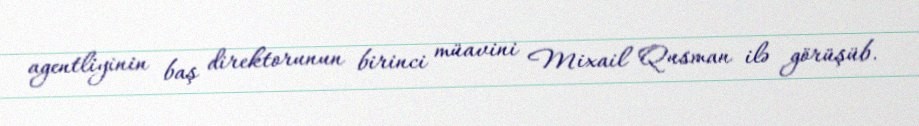
agentliyinin baş direktorunun birinci müavini Mixail Qusman ilə görüşüb.